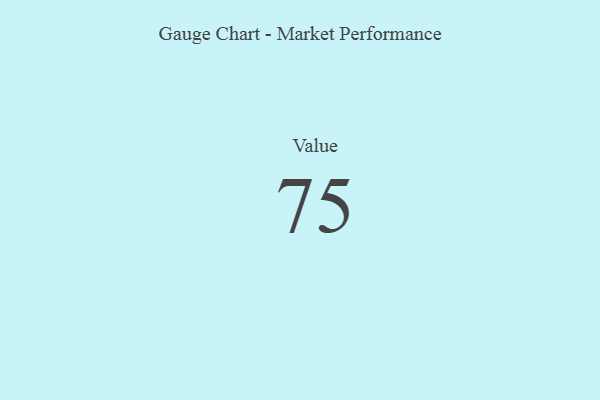
{"axis": {"x": "Metric", "y": "Value"}, "legend": [""], "data": [{"x": "Value", "y": 75, "type": ""}]}